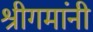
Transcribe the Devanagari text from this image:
श्रीगमांनी